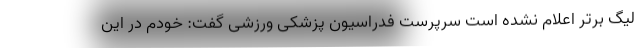
لیگ برتر اعلام نشده است سرپرست فدراسیون پزشکی ورزشی گفت: خودم در این